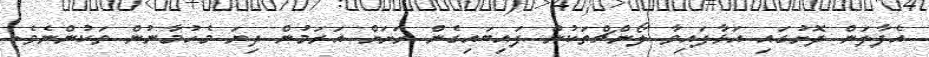
އެފާލަން ދޮށުގައި އަޅާފައިވާ ލޯންޗްތަކުން ފައިބައިގެން ރަށަށް އަރަމުން ދިޔަ މެހުމާނުން ތަކުންނެވެ.